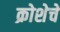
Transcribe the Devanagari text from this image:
क्रोशेचे